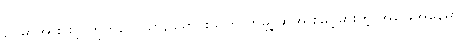
ဥပမာအားဖြင့် တိုက်လေယာဉ်မောင်းသူက ကမ္ဘာ့ဆွဲအားမြင့်မားတဲ့ အခြေအနေမှာ